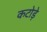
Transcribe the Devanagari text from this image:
कटोड़े